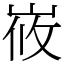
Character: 峳